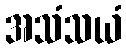
အသံသယံ